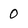
Character: 0